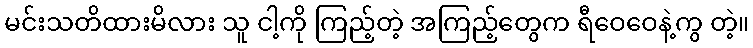
မင်းသတိထားမိလား သူ ငါ့ကို ကြည့်တဲ့ အကြည့်တွေက ရီဝေဝေနဲ့ကွ တဲ့။